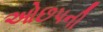
ઓછપની